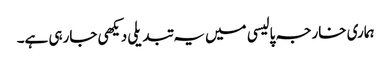
ہماری خارجہ پالیسی میں یہ تبدیلی دیکھی جارہی ہے۔